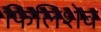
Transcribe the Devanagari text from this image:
फिलिशेव